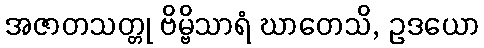
အဇာတသတ္တု ဗိမ္ဗိသာရံ ဃာတေသိ, ဥဒယော